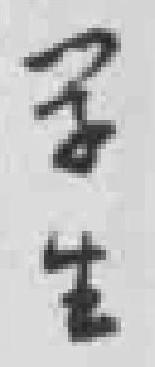
学生